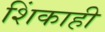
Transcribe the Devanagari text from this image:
शिंकाही